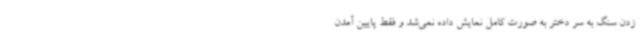
زدن سنگ به سر دختر به صورت کامل نمایش داده نمی‌شد و فقط پایین آمدن